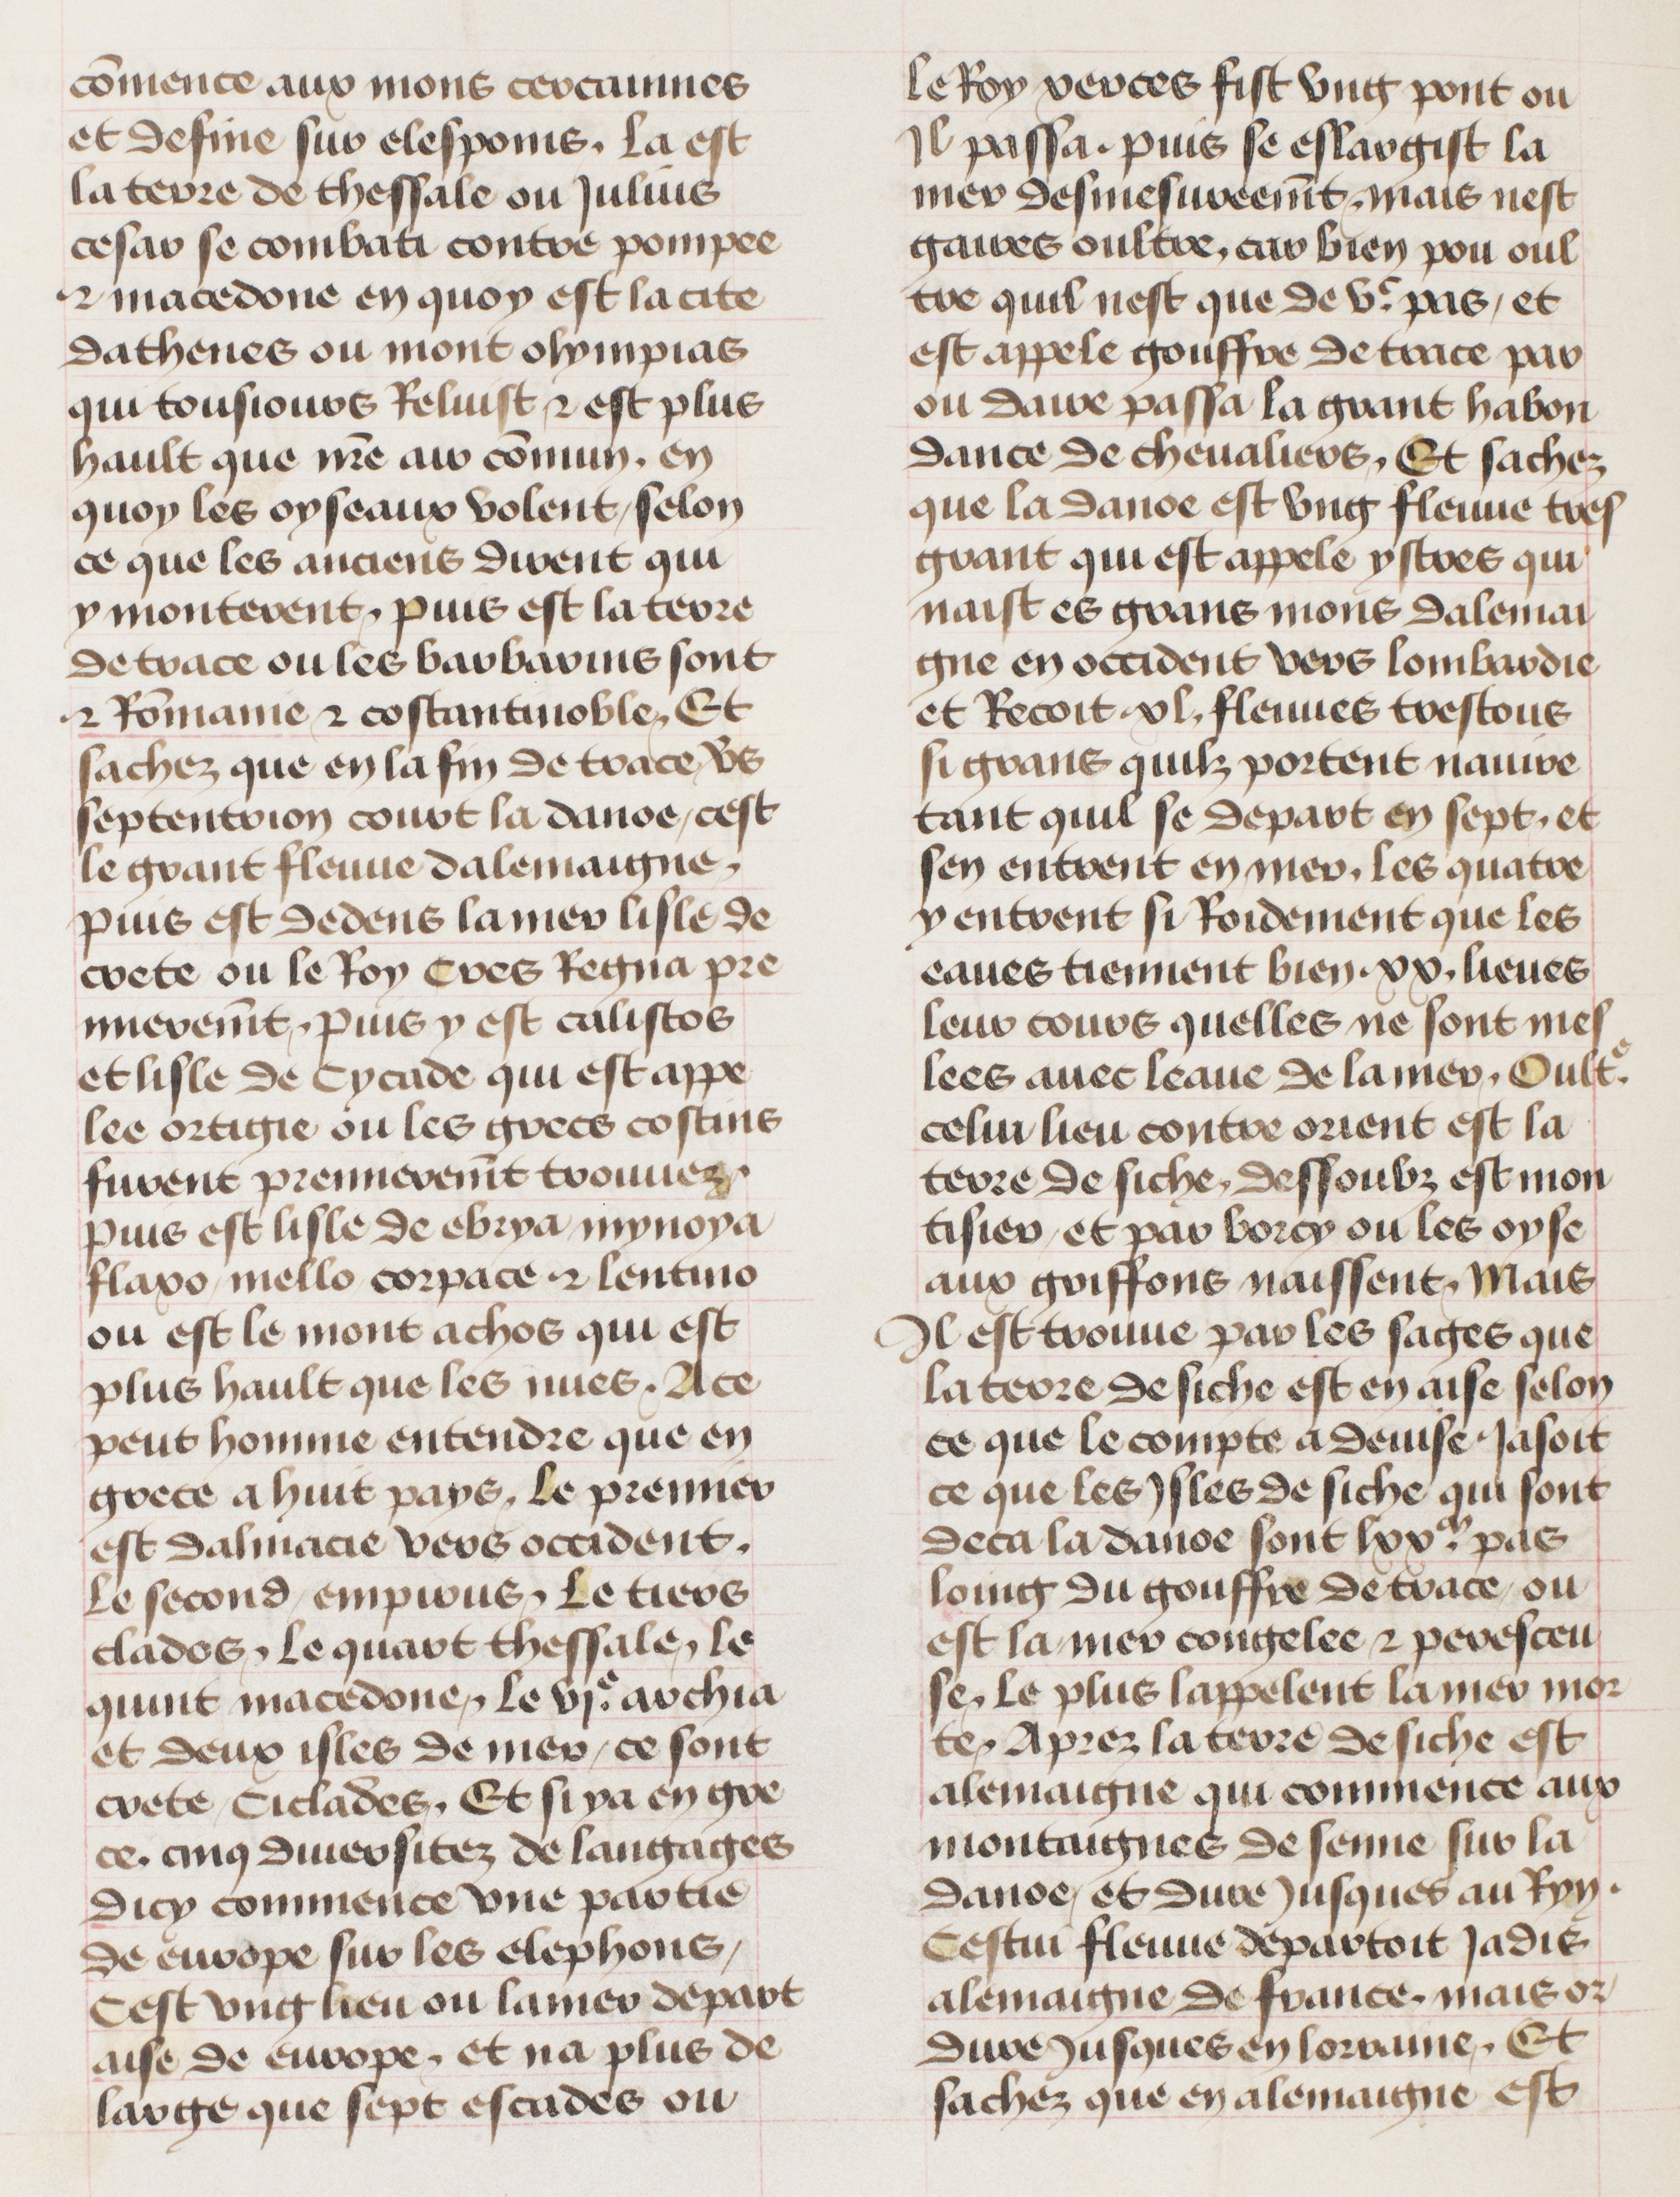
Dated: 1435–1495